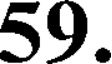
59.